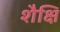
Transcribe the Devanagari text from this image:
शैक्षि